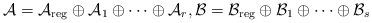
LaTeX: \begin{align*}\mathcal A=\mathcal A_{\mathrm{reg}}\oplus \mathcal A_1\oplus\dots\oplus\mathcal A_r,\mathcal B=\mathcal B_{\mathrm{reg}}\oplus\mathcal B_1\oplus\dots\oplus\mathcal B_s\end{align*}